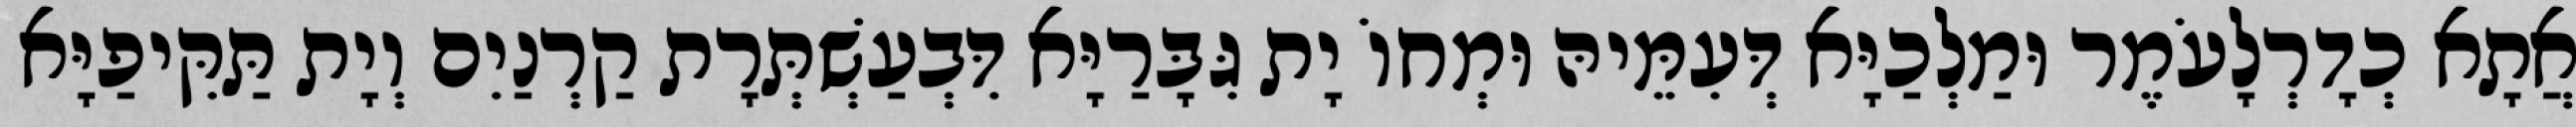
אֲתָא כְדָרְלָעֹמֶר וּמַלְכַיָּא דְּעִמֵּיהּ וּמְחוֹ יָת גִּבָּרַיָּא דִּבְעַשְׁתְּרָת קַרְנַיִם וְיָת תַּקִּיפַיָּא